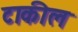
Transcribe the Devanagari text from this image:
टाकील